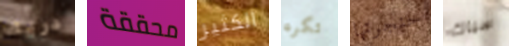
دريك محققة الكثير تكره حنجرتها سباك